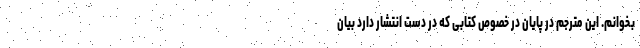
بخوانم. این مترجم در پایان در خصوص کتابی که در دست انتشار دارد بیان